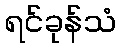
ရင်ခုန်သံ